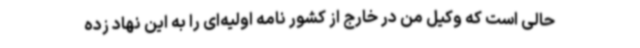
حالی است که وکیل من در خارج از کشور نامه اولیه‌ای را به این نهاد زده